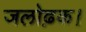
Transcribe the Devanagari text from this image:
जलोढ़क।